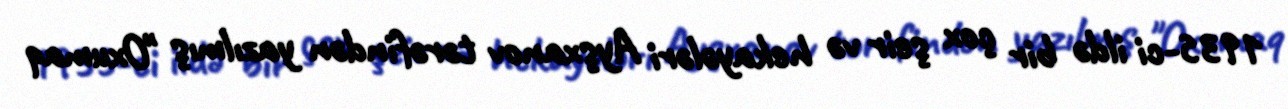
1935-ci ildə bir çox şeir və hekayələri Ayşxanov tərəfindən yazılmış "Oxumaq